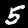
Label: 5